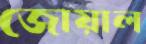
জোয়াল